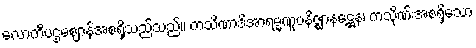
လောကီပဌမဈာန်အစရှိသည်သည်။ ကသိဏာဒိအာရမ္မဏူပနိဇ္ဈာနဋ္ဌေန၊ ကသိုဏ်းအစရှိသော